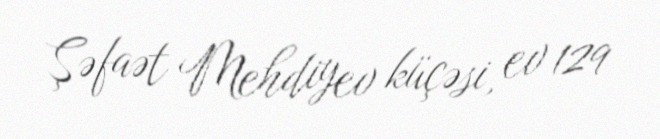
Şəfaət Mehdiyev küçəsi, ev 129